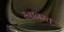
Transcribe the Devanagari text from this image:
स्नानरत